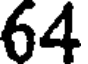
64